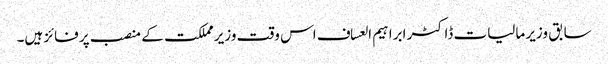
سابق وزیر مالیات ڈاکٹر ابراہیم العساف اس وقت وزیر مملکت کے منصب پر فائز ہیں۔